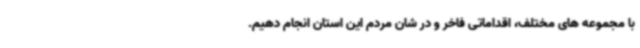
با مجموعه های مختلف، اقداماتی فاخر و در شان مردم این استان انجام دهیم.